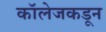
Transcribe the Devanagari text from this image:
कॉलेजकडून